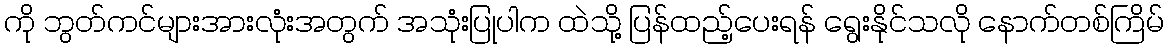
ကို ဘွတ်ကင်များအားလုံးအတွက် အသုံးပြုပါက ထဲသို့ ပြန်ထည့်ပေးရန် ရွေးနိုင်သလို နောက်တစ်ကြိမ်